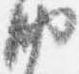
納